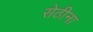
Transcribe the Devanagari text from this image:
सेठीना